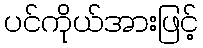
ပင်ကိုယ်အားဖြင့်